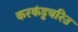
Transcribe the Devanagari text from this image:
करकंडुचरिउ